Report on plague and inoculation in the Punjab from October 1st ... to September 30th..., being the ... season of plague in the province
Disease focus: Plague
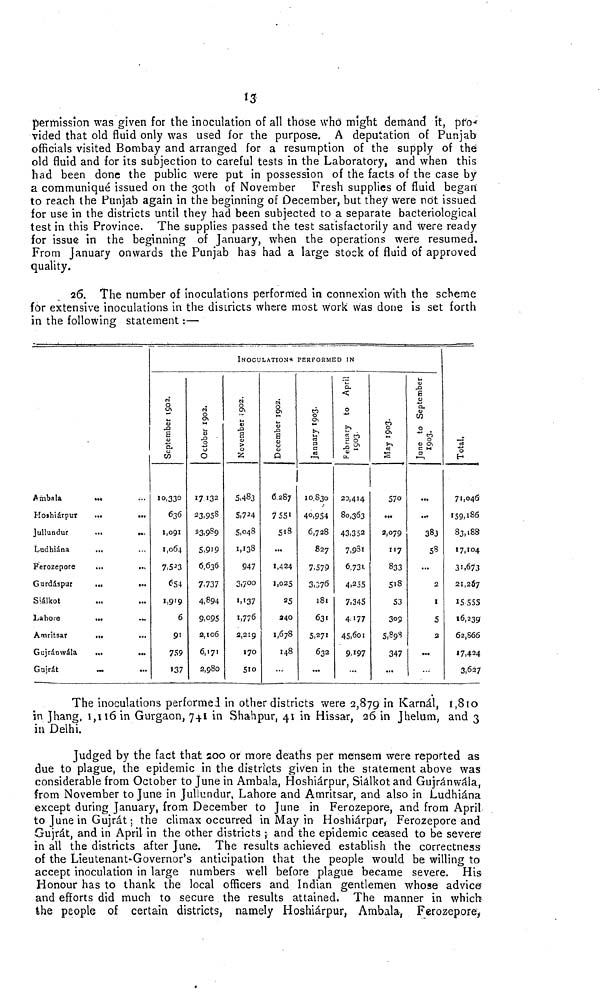
13
permission was given for the inoculation of all those Who might demánd if, pro-
vided that old fluid only was used for the purpose. A deputation of Punjab
officials visited Bombay and arranged for a resumption of the supply of the
old fluid and for its subjection to careful tests in the Laboratory, and when this
had been done the public were put in possession of the facts of the case by
a communiqué issued on the 30th of November Fresh supplies of fluid began
to reach the Punjab again in the beginning of December, but they were not issued
for use in the districts until they had been subjected to a separate bacteriological
test in this Province. The supplies passed the test satisfactorily and were ready
for issue in the beginning of January, when the operations were resumed.
From January onwards the Punjab has had a large stock of fluid of approved
quality.
26. The number of inoculations performed in connexion with the scheme
for extensive inoculations in the districts where most work was done is set forth
in the following statement :—
Ambala
Koihiárpur
Jullundur
Ludhiána
Ferozepore
Gurdáspur
Siálkot
Lahore
Amritsar
Gujráowála
Gnjrát
...
...
...
...
...
...
...
...
...
...
...
...
...
...
...
...
...
...
...
...
...
...
INOCULATIONS PERFORMED IN
September 1902.
10,330
636
1,091
1,064
7,523
654
1,919
6
91
759
137
October 1902.
17,132
23,958
23,989
5,919
6,636
7,737
4,894
9,095
2,106
6,171
2,980
November 1902.
5,483
5,724
5,048
1,138
947
3,700
1,137
1,776
2,219
170
510
December 1902.
6,287
7,551
518
...
1,424
1,025
25
240
1,678
148
...
January 1903.
10,830
40,954
6,728
827
7,579
3,376
181
631
5,271
632
...
February to April 1903.
20,414
80,363
43,352
7,931
6,731
4,255
7,345
4,177
45,601
9,197
...
May 1903.
570
...
2,079
117
833
518
53
309
5,898
347
...
June to September 1903.
...
...
383
58
...
2
1
5
2
...
...
Total.
71,046
159,186
83,188
17,104
31,673
21,267
15,555
16,239
62,866
17,424
3,627
The inoculations performed in other districts were 2,879 in Karnál, 1,810
in Jhang, 1,116 in Gurgaon, 7+1 in Shahpur, 41 in Hissar, 26 in Jhelum, and 3
in Delhi.
Judged by the fact that 200 or more deaths per mensem were reported as
due to plague, the epidemic in the districts given in the statement above was
considerable from October to June in Ambala, Hoshiárpur, Siálkot and Gujránwála,
from November to June in Jullundur, Lahore and Amritsar, and also in Ludhiána
except during January, from December to June in Ferozepore, and from April
to June in Gujrát ; the climax occurred in May in Hoshiárpur, Ferozepore and
Gujrát, and in April in the other districts ; and the epidemic ceased to be severe
in all the districts after June. The results achieved establish the correctness
of the Lieutenant-Governor's anticipation that the people would be willing to
accept inoculation in large numbers well before plague became severe. His
Honour has to thank the local officers and Indian gentlemen whose advice
and efforts did much to secure the results attained. The manner in which
the people of certain districts, namely Hoshiárpur, Ambala, Ferozepore,